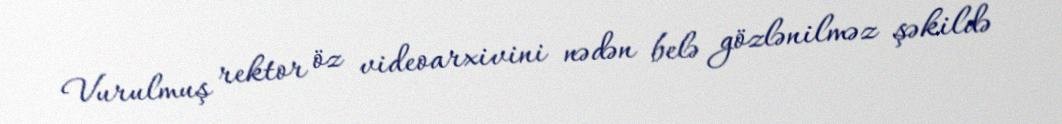
Vurulmuş rektor öz videoarxivini nədən belə gözlənilməz şəkildə